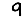
Digit: 9